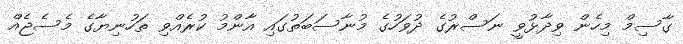
ގާސިމް މިހެން ވިދާޅުވީ ނަސްރުގެ ދުވަހުގެ މުނާސަބަތުގައި އާންމު ކުރެއްވި ތަހުނިޔާގެ މެސެޖެއް